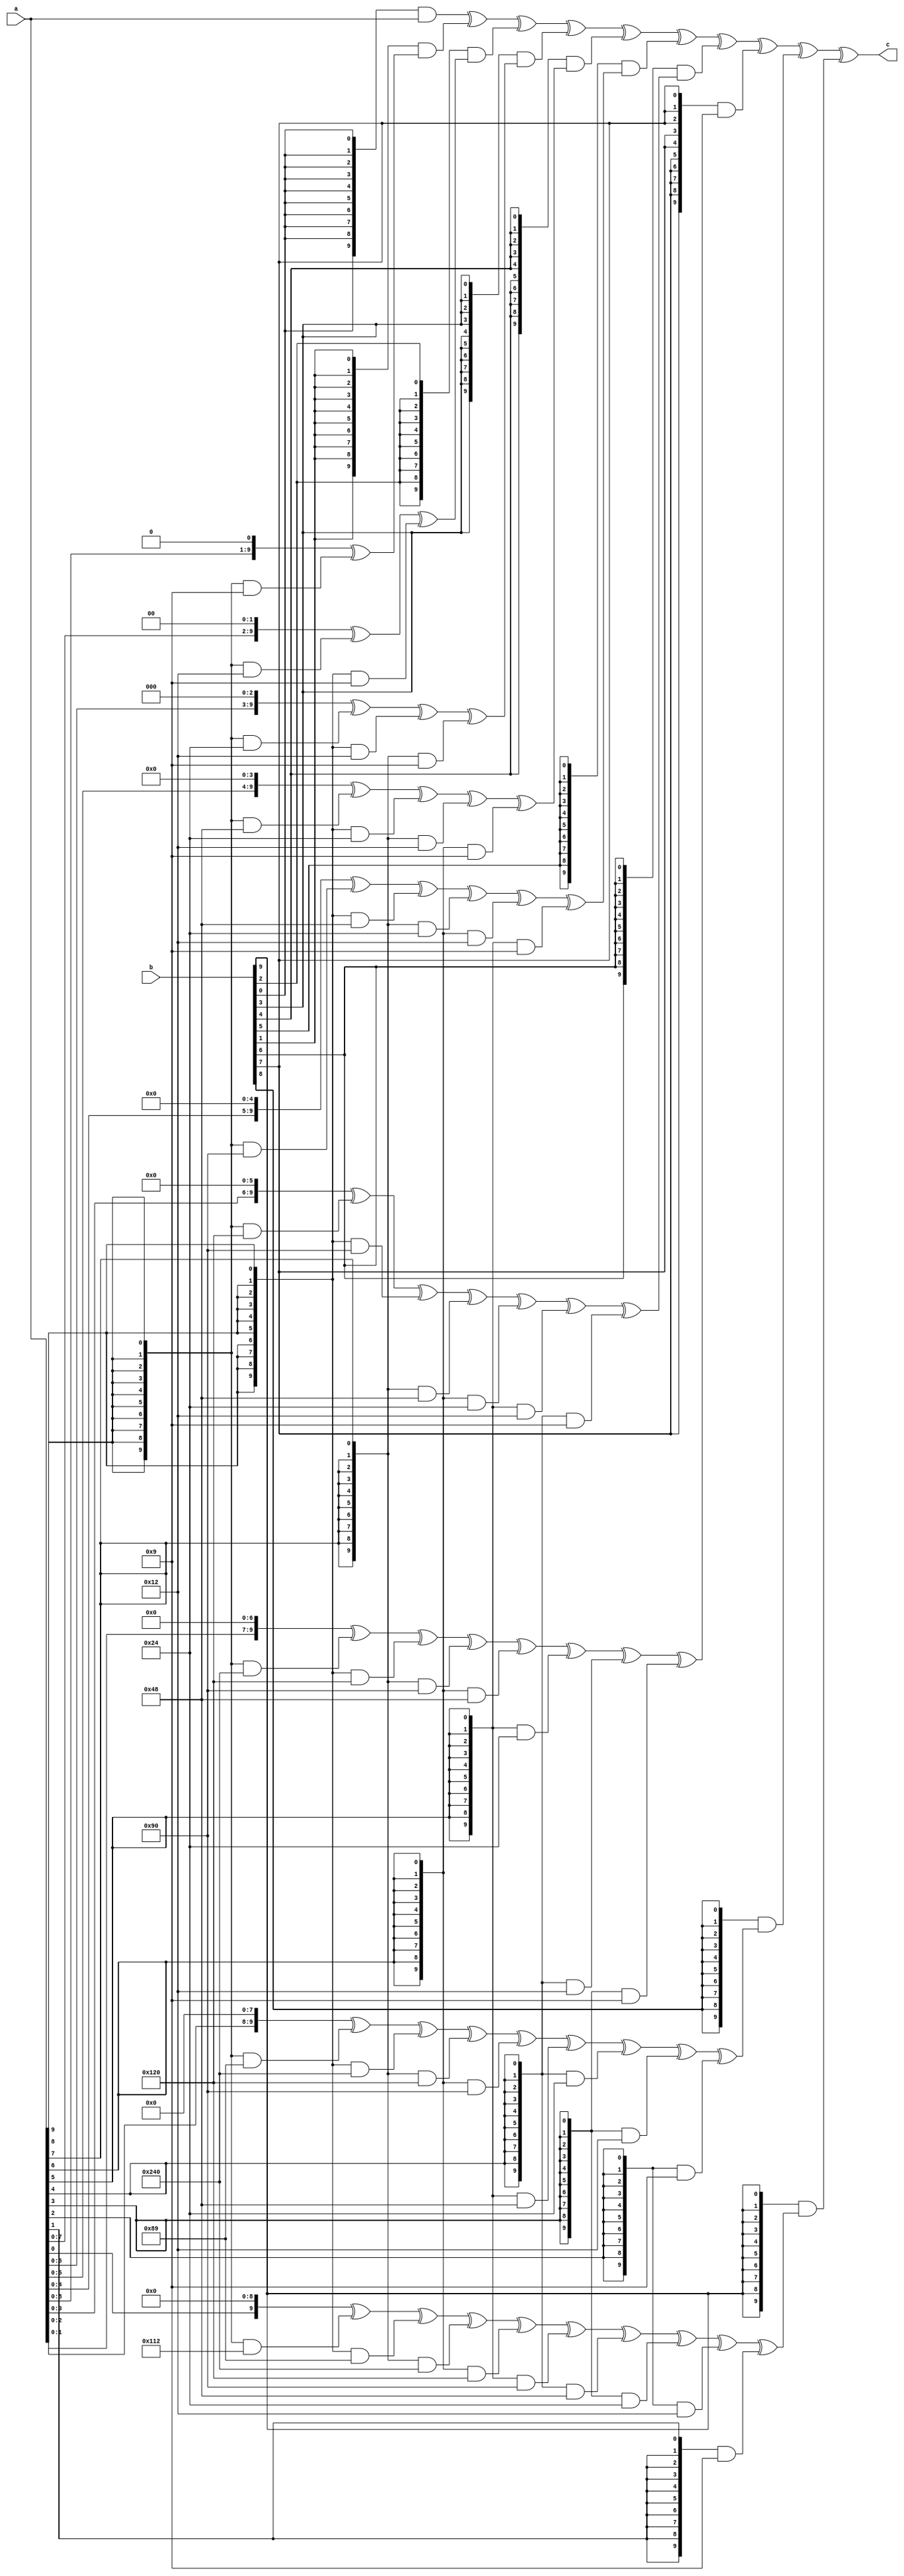
module gfmult(a, b, c);
  input [9:0] a;
  input [9:0] b;
  output [9:0] c;

  assign c = ({10{b[0]}} & ((a << 0))) ^ ({10{b[1]}} & ((a << 1) ^ ({10{a[9]}} & 10'b0000001001))) ^ ({10{b[2]}} & ((a << 2) ^ ({10{a[9]}} & 10'b0000010010) ^ ({10{a[8]}} & 10'b0000001001))) ^ ({10{b[3]}} & ((a << 3) ^ ({10{a[9]}} & 10'b0000100100) ^ ({10{a[8]}} & 10'b0000010010) ^ ({10{a[7]}} & 10'b0000001001))) ^ ({10{b[4]}} & ((a << 4) ^ ({10{a[9]}} & 10'b0001001000) ^ ({10{a[8]}} & 10'b0000100100) ^ ({10{a[7]}} & 10'b0000010010) ^ ({10{a[6]}} & 10'b0000001001))) ^ ({10{b[5]}} & ((a << 5) ^ ({10{a[9]}} & 10'b0010010000) ^ ({10{a[8]}} & 10'b0001001000) ^ ({10{a[7]}} & 10'b0000100100) ^ ({10{a[6]}} & 10'b0000010010) ^ ({10{a[5]}} & 10'b0000001001))) ^ ({10{b[6]}} & ((a << 6) ^ ({10{a[9]}} & 10'b0100100000) ^ ({10{a[8]}} & 10'b0010010000) ^ ({10{a[7]}} & 10'b0001001000) ^ ({10{a[6]}} & 10'b0000100100) ^ ({10{a[5]}} & 10'b0000010010) ^ ({10{a[4]}} & 10'b0000001001))) ^ ({10{b[7]}} & ((a << 7) ^ ({10{a[9]}} & 10'b1001000000) ^ ({10{a[8]}} & 10'b0100100000) ^ ({10{a[7]}} & 10'b0010010000) ^ ({10{a[6]}} & 10'b0001001000) ^ ({10{a[5]}} & 10'b0000100100) ^ ({10{a[4]}} & 10'b0000010010) ^ ({10{a[3]}} & 10'b0000001001))) ^ ({10{b[8]}} & ((a << 8) ^ ({10{a[9]}} & 10'b0010001001) ^ ({10{a[8]}} & 10'b1001000000) ^ ({10{a[7]}} & 10'b0100100000) ^ ({10{a[6]}} & 10'b0010010000) ^ ({10{a[5]}} & 10'b0001001000) ^ ({10{a[4]}} & 10'b0000100100) ^ ({10{a[3]}} & 10'b0000010010) ^ ({10{a[2]}} & 10'b0000001001))) ^ ({10{b[9]}} & ((a << 9) ^ ({10{a[9]}} & 10'b0100010010) ^ ({10{a[8]}} & 10'b0010001001) ^ ({10{a[7]}} & 10'b1001000000) ^ ({10{a[6]}} & 10'b0100100000) ^ ({10{a[5]}} & 10'b0010010000) ^ ({10{a[4]}} & 10'b0001001000) ^ ({10{a[3]}} & 10'b0000100100) ^ ({10{a[2]}} & 10'b0000010010) ^ ({10{a[1]}} & 10'b0000001001)));
endmodule